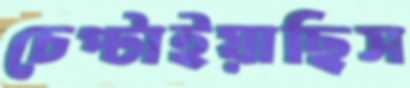
চেপ্‌টাইয়াছিস